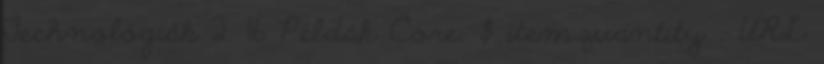
Technológiák 2. 16 Példák Core. $ item.quantity . URL